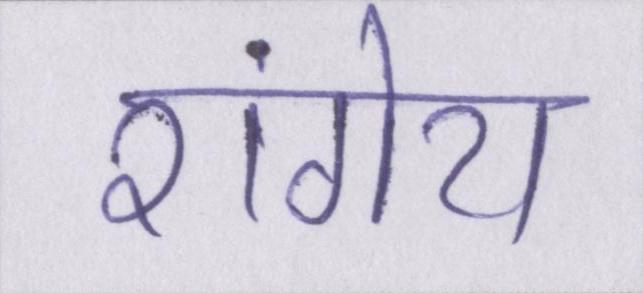
रांगेय